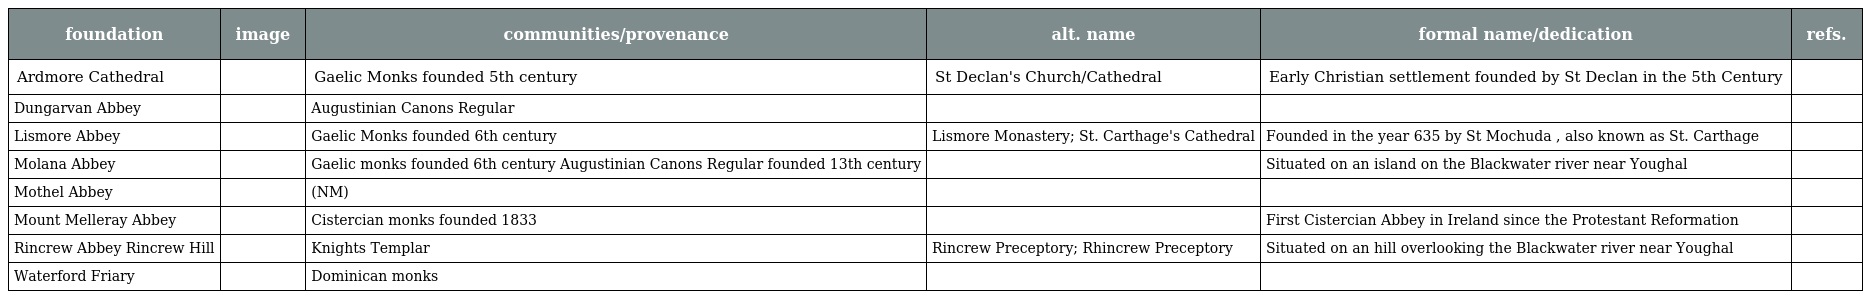
| foundation | image | communities/provenance | alt. name | formal name/dedication | refs. |
 | --- | --- | --- | --- | --- | --- |
 | Ardmore Cathedral |  | Gaelic Monks founded 5th century | St Declan's Church/Cathedral | Early Christian settlement founded by St Declan in the 5th Century |  |
 | Dungarvan Abbey |  | Augustinian Canons Regular |  |  |  |
 | Lismore Abbey |  | Gaelic Monks founded 6th century | Lismore Monastery; St. Carthage's Cathedral | Founded in the year 635 by St Mochuda , also known as St. Carthage |  |
 | Molana Abbey |  | Gaelic monks founded 6th century Augustinian Canons Regular founded 13th century |  | Situated on an island on the Blackwater river near Youghal |  |
 | Mothel Abbey |  | (NM) |  |  |  |
 | Mount Melleray Abbey |  | Cistercian monks founded 1833 |  | First Cistercian Abbey in Ireland since the Protestant Reformation |  |
 | Rincrew Abbey Rincrew Hill |  | Knights Templar | Rincrew Preceptory; Rhincrew Preceptory | Situated on an hill overlooking the Blackwater river near Youghal |  |
 | Waterford Friary |  | Dominican monks |  |  |  |